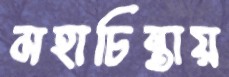
মহাচিন্তায়